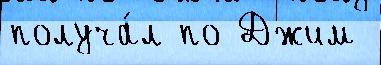
получа́л по Джим